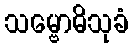
သမ္ဗောဓိသုခံ